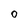
Character: 0